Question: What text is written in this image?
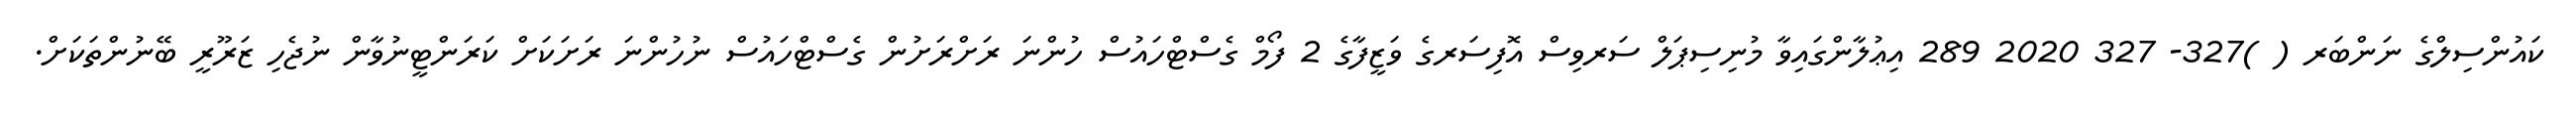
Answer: ކައުންސިލްގެ ނަންބަރ ( )327- 327 2020 289 އިޢުލާންގައިވާ މުނިސިޕަލް ސަރވިސް އޮފިސަރގެ ވަޒީފާގެ 2 ފޯމް ގެސްޓްހައުސް ހުންނަ ރަށްރަށުން ގެސްޓްހައުސް ނުހުންނަ ރަށަކަށް ކަރަންޓީނުވާން ނުޖެހި ޒަރޫރީ ބޭނުންތަކަށް.